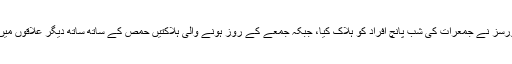
انسانی حقوق کے کارکنوں اور عینی شاہدین کے مطابق صرف حمص شہر میں سکیورٹی فورسز نے جمعرات کی شب پانچ افراد کو ہلاک کیا، جبکہ جمعے کے روز ہونے والی ہلاکتیں حمص کے ساتھ ساتھ دیگر علاقوں میں مظاہرین کے خلاف سکیورٹی فورسز کی دن بھر جاری رہنے والی کارروائیوں میں ہوئیں۔